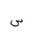
Letter: _sin